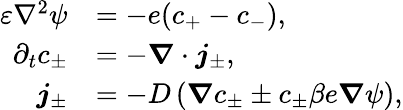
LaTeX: \begin{array}{rl}{\varepsilon\nabla^{2}\psi}&{=-e(c_{+}-c_{-}),}\\ {\partial_{t}c_{\pm}}&{=-\boldsymbol{\nabla}\cdot\boldsymbol{j}_{\pm},}\\ {\boldsymbol{j}_{\pm}}&{=-D\left(\boldsymbol{\nabla}c_{\pm}\pm c_{\pm}\beta e\boldsymbol{\nabla}\psi\right),}\end{array}